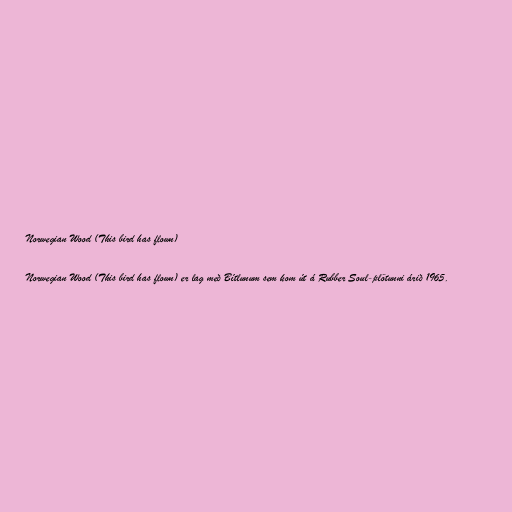
Norwegian Wood (This bird has flown)

Norwegian Wood (This bird has flown) er lag með Bítlunum sem kom út á Rubber Soul-plötunni árið 1965.